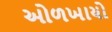
ઓળખાયો